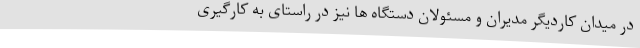
در میدان کاردیگر مدیران و مسئولان دستگاه ها نیز در راستای به کارگیری